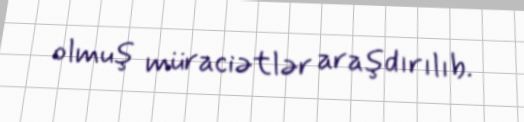
olmuş müraciətlər araşdırılıb.